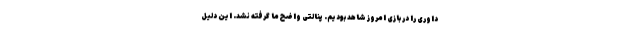
داوری را در بازی امروز شاهد بودیم. پنالتی واضح ما گرفته نشد. این دلیل